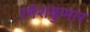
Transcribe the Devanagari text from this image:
रमेशकुमार